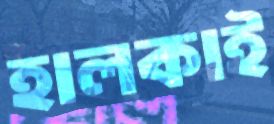
হালকাই